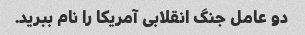
دو عامل جنگ انقلابی آمریکا را نام ببرید.